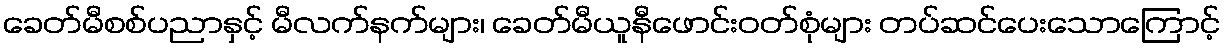
ခေတ်မီစစ်ပညာနှင့် မီလက်နက်များ၊ ခေတ်မီယူနီဖောင်းဝတ်စုံများ တပ်ဆင်ပေးသောကြောင့်